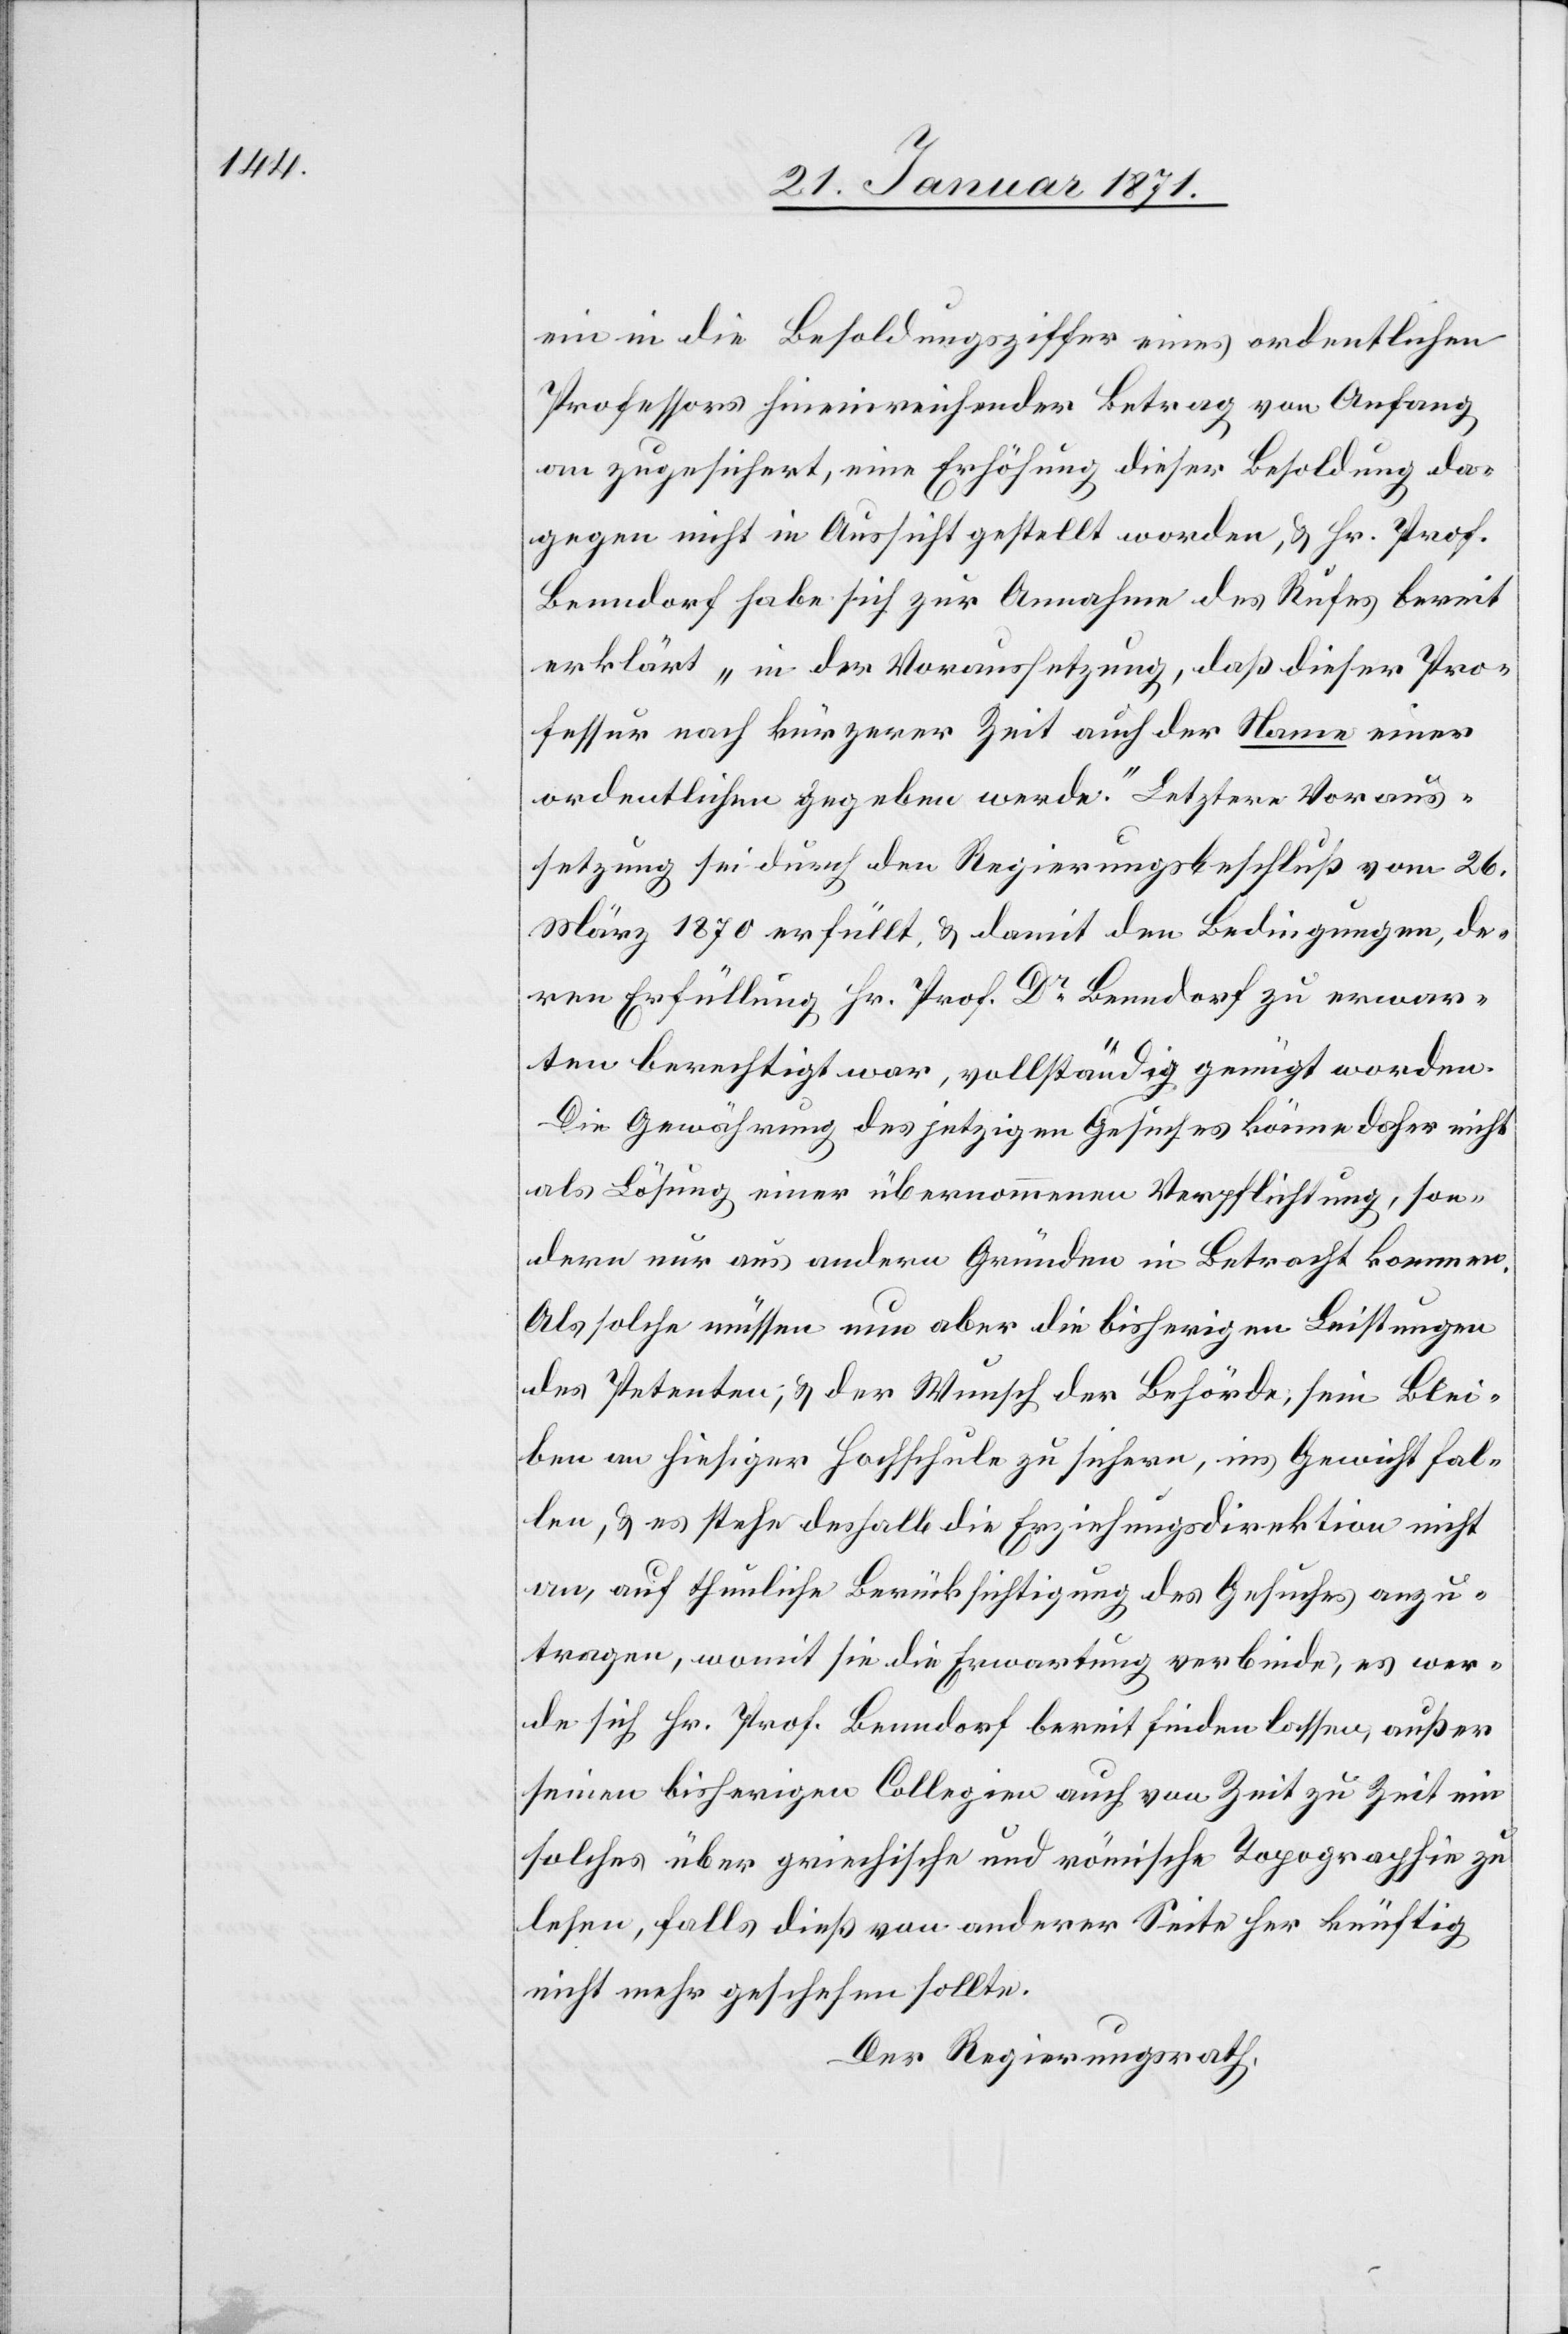
ein in die Besoldungsziffer eines ordentlichen
Professors hineinreichender Betrag von Anfang
an zugesichert, eine Erhöhung dieser Besoldung da¬
gegen nicht in Aussicht gestellt worden, u. Hr. Prof.
Benndorf habe sich zur Annahme des Rufes bereit
erklärt „in der Voraussetzung, daß dieser Pro¬
fessur nach kürzerer Zeit auch der Name einer
ordentlichen gegeben werde.“ Letztere Voraus¬
setzung sei durch den Regierungsrathsbeschluß vom 26.
März 1870 erfüllt, u. damit den Bedingungen, de¬
ren Erfüllung Hr. Prof. Dr. Benndorf zu erwar¬
ten berechtigt war, vollständig genügt worden.
Die Gewährung des jetzigen Gesuches könne daher nicht
als Lösung einer übernommenen Verpflichtung, son¬
dern nur aus andern Gründen in Betracht kommen.
Als solche müssen nun aber die bisherigen Leistungen
des Petenten, u. der Wunsch der Behörde, sein Blei¬
ben an hiesiger Hochschule zu sichern, ins Gewicht fal¬
len, u. es stehe deshalb die Erziehungsdirektion nicht
an, auf thunliche Berücksichtigung des Gesuches anzu¬
tragen, womit sie die Erwartung verbinde, es wer¬
de sich Hr. Prof. Benndorf bereit finden lassen, außer
seinen bisherigen Collegien auch von Zeit zu Zeit ein
solches über griechische und römische Topographie zu
lesen, falls dieß von anderer Seite her künftig
nicht mehr geschehen sollte.
Der Regierungsrath,